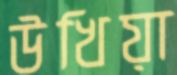
উখিয়া